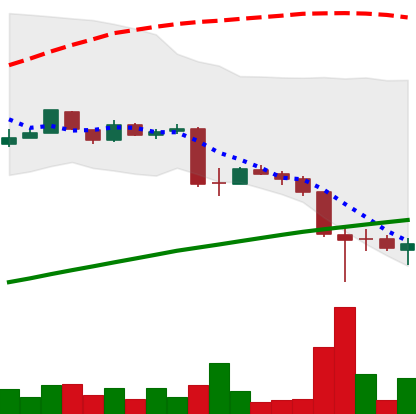
Ticker: LTC-USD
Chart end date: 2015-08-28
Forward return: -3.814%
Label: down_3_5